Annual administration report of the Civil Veterinary Department of India - 1896-1897
Year: 1896
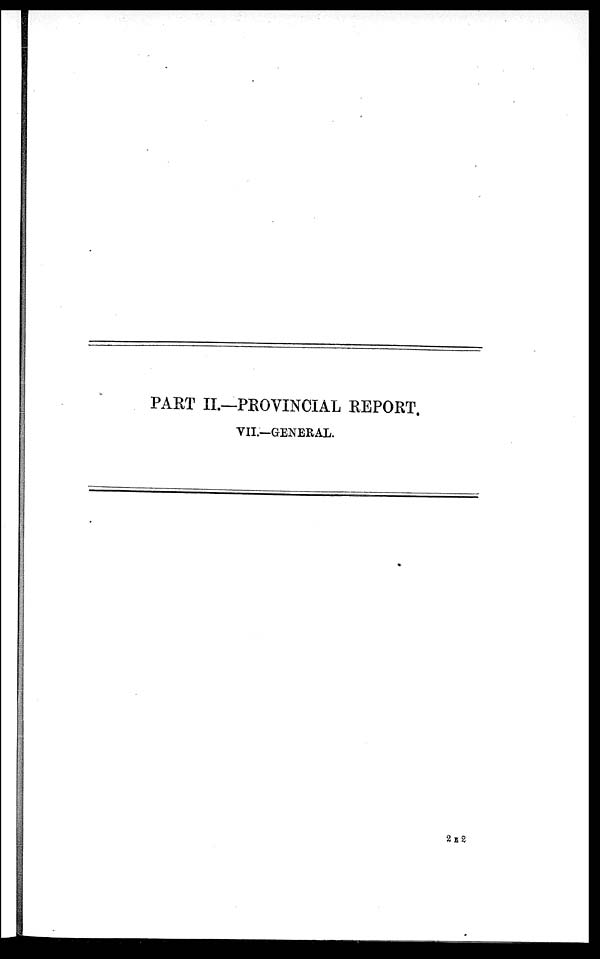
PART II.—PROVINCIAL REPORT.
VII.—GENERAL.
2 E 2